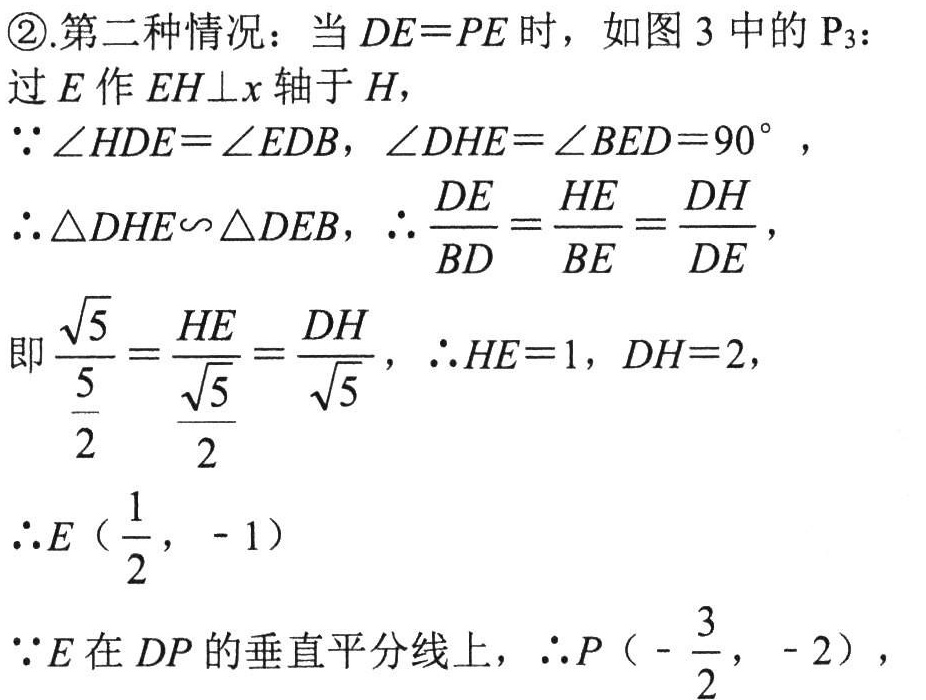
\textcircled{2}.第二种情况：当 \(DE = PE\) 时，如图 3 中的 \(P_{3}\)：
过 \(E\) 作 \(EH\perp x\) 轴于 \(H\)，
\(\because\angle HDE=\angle EDB\)，\(\angle DHE=\angle BED = 90^{\circ}\)，
\(\therefore\triangle DHE\sim\triangle DEB\)，\(\therefore\frac{DE}{BD}=\frac{HE}{BE}=\frac{DH}{DE}\)，
即\(\frac{\sqrt{5}}{\frac{5}{2}}=\frac{HE}{\frac{\sqrt{5}}{2}}=\frac{DH}{\sqrt{5}}\)，\(\therefore HE = 1\)，\(DH = 2\)，
\(\therefore E\left(\frac{1}{2}, - 1\right)\)
\(\because E\) 在 \(DP\) 的垂直平分线上，\(\therefore P\left(-\frac{3}{2}, - 2\right)\)，